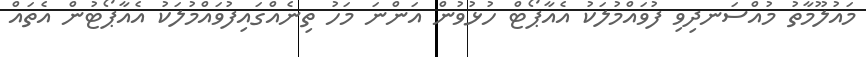
މައުލޫމާތު މުއްސަނދިވި ފުވައްމުލަކު އެއާޕޯޓް ހުޅުވުން އަންނަ މަހު ތިނެއްގައިފުވައްމުލަކު އެއާޕޯޓުން އެތައް